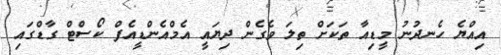
އިއްޔެ ހެނދުނު މީޑިއާ ތަކަށް ތިލަ ވެގެން ދިޔައީ އެމްއެންޑީއެފް ކޯސްޓް ގާޑްގައި